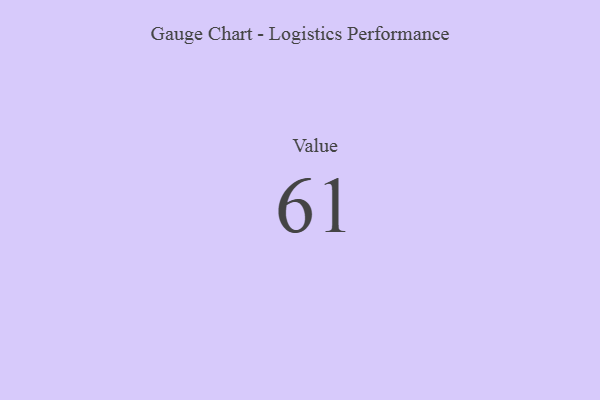
{"axis": {"x": "Metric", "y": "Value"}, "legend": [""], "data": [{"x": "Value", "y": 61, "type": ""}]}